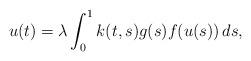
LaTeX: \begin{align*}u(t)=\lambda \int_0^1 k(t,s) g(s)f(u(s))\,ds,\end{align*}